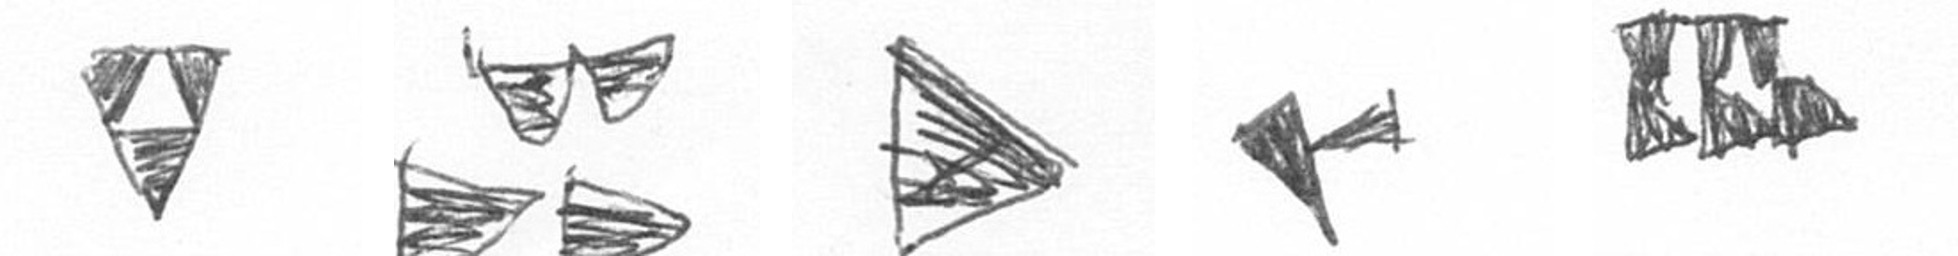
S B T F D